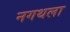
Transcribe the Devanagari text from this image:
नगथला